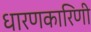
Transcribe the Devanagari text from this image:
धारणकारिणी